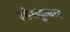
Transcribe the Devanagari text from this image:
रमेशकुमार